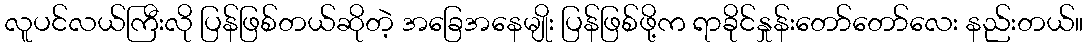
လူပင်လယ်ကြီးလို ပြန်ဖြစ်တယ်ဆိုတဲ့ အခြေအနေမျိုး ပြန်ဖြစ်ဖို့က ရာခိုင်နှုန်းတော်တော်လေး နည်းတယ်။